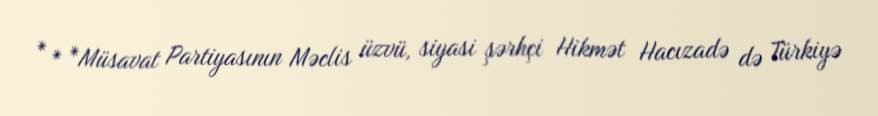
* * *Müsavat Partiyasının Məclis üzvü, siyasi şərhçi Hikmət Hacızadə də Türkiyə